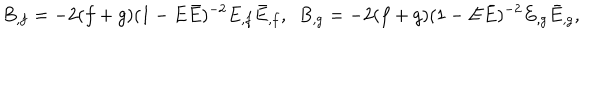
B _ { , f } = - 2 ( f + g ) ( 1 - E \bar { E } ) ^ { - 2 } E _ { , f } \bar { E } _ { , f } , ~ ~ B _ { , g } = - 2 ( f + g ) ( 1 - E \bar { E } ) ^ { - 2 } E _ { , g } \bar { E } _ { , g } ,